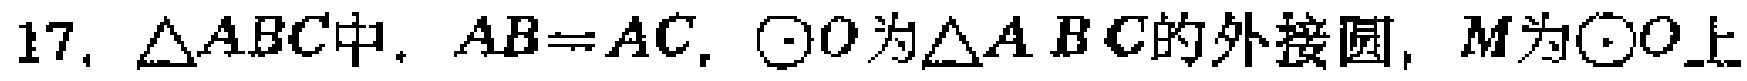
17. $\triangle ABC$中，$AB = AC$，$\odot O$为$\triangle ABC$的外接圆，$M$为$\odot O$上